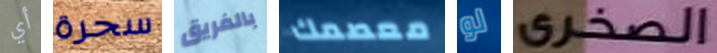
أي سحرة بالفريق معصمك لو الصخري